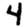
Digit: 4